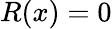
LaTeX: R(x)=0